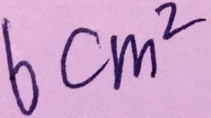
6 c m ^ { 2 }